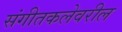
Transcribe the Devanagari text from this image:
संगीतकलेवरील